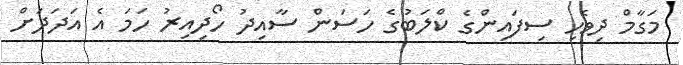
މަގާމް ދިވެހި ސިފައިންގެ ކްލަބުގެ ހަސަން ސާއިދު ހޯދިއިރު ހަމަ އެ އަދަދަށް